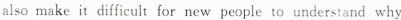
also make it difficult fornew people to understand why